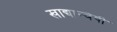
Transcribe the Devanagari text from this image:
खाद्यान्वेषी